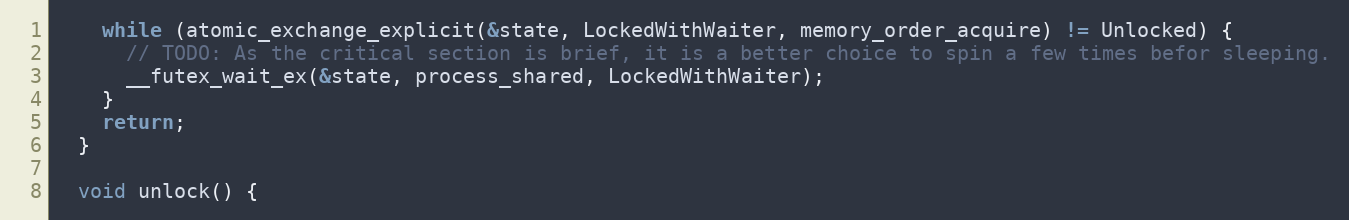
Language: C
    while (atomic_exchange_explicit(&state, LockedWithWaiter, memory_order_acquire) != Unlocked) {
      // TODO: As the critical section is brief, it is a better choice to spin a few times befor sleeping.
      __futex_wait_ex(&state, process_shared, LockedWithWaiter);
    }
    return;
  }

  void unlock() {